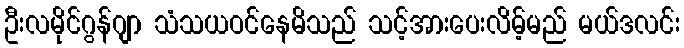
ဦးလမိုင်ဂွန်ဂျာ သံသယဝင်နေမိသည် သင့်အားပေးလိမ့်မည် မယ်ဒလင်း